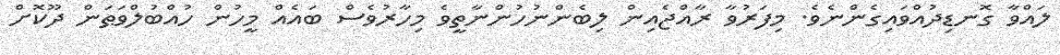
ލައްވާ ގޮނޑިދުއްވައިގެންނެވެ. މިފަރުވާ ރާއްޖެއިން ލިބެންނުހުންނާތީވެ މިހާރުވެސް ބައެއް މީހުން ހުއްބުލްވަޠަން ދޫކޮށް